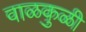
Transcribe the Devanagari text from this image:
वाळकुळी